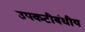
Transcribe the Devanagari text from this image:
उपकटीबंधीय